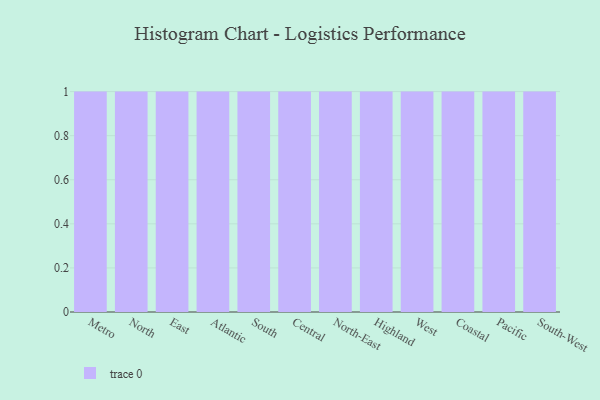
{"axis": {"x": "Region", "y": "Net Income (USD K)"}, "legend": [""], "data": [{"x": "Metro", "y": 43, "type": ""}, {"x": "North", "y": 35, "type": ""}, {"x": "East", "y": 82, "type": ""}, {"x": "Atlantic", "y": 6, "type": ""}, {"x": "South", "y": 54, "type": ""}, {"x": "Central", "y": 59, "type": ""}, {"x": "North-East", "y": 29, "type": ""}, {"x": "Highland", "y": 15, "type": ""}, {"x": "West", "y": 38, "type": ""}, {"x": "Coastal", "y": 29, "type": ""}, {"x": "Pacific", "y": 18, "type": ""}, {"x": "South-West", "y": 85, "type": ""}]}